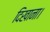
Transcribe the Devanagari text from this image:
दिखाना।